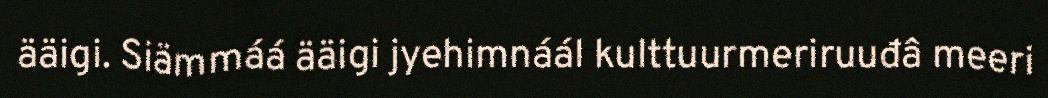
ääigi. Siämmáá ääigi jyehimnáál kulttuurmeriruuđâ meeri